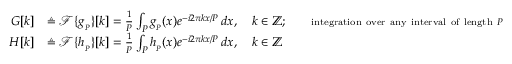
{ \begin{array} { r l } { G [ k ] } & { \triangleq { \mathcal { F } } \{ g _ { _ { P } } \} [ k ] = { \frac { 1 } { P } } \int _ { P } g _ { _ { P } } ( x ) e ^ { - i 2 \pi k x / P } \, d x , \quad k \in \mathbb { Z } ; \quad \quad \scriptstyle { \mathrm { i n t e g r a t i o n ~ o v e r ~ a n y ~ i n t e r v a l ~ o f ~ l e n g t h ~ } } P } \\ { H [ k ] } & { \triangleq { \mathcal { F } } \{ h _ { _ { P } } \} [ k ] = { \frac { 1 } { P } } \int _ { P } h _ { _ { P } } ( x ) e ^ { - i 2 \pi k x / P } \, d x , \quad k \in \mathbb { Z } } \end{array} }